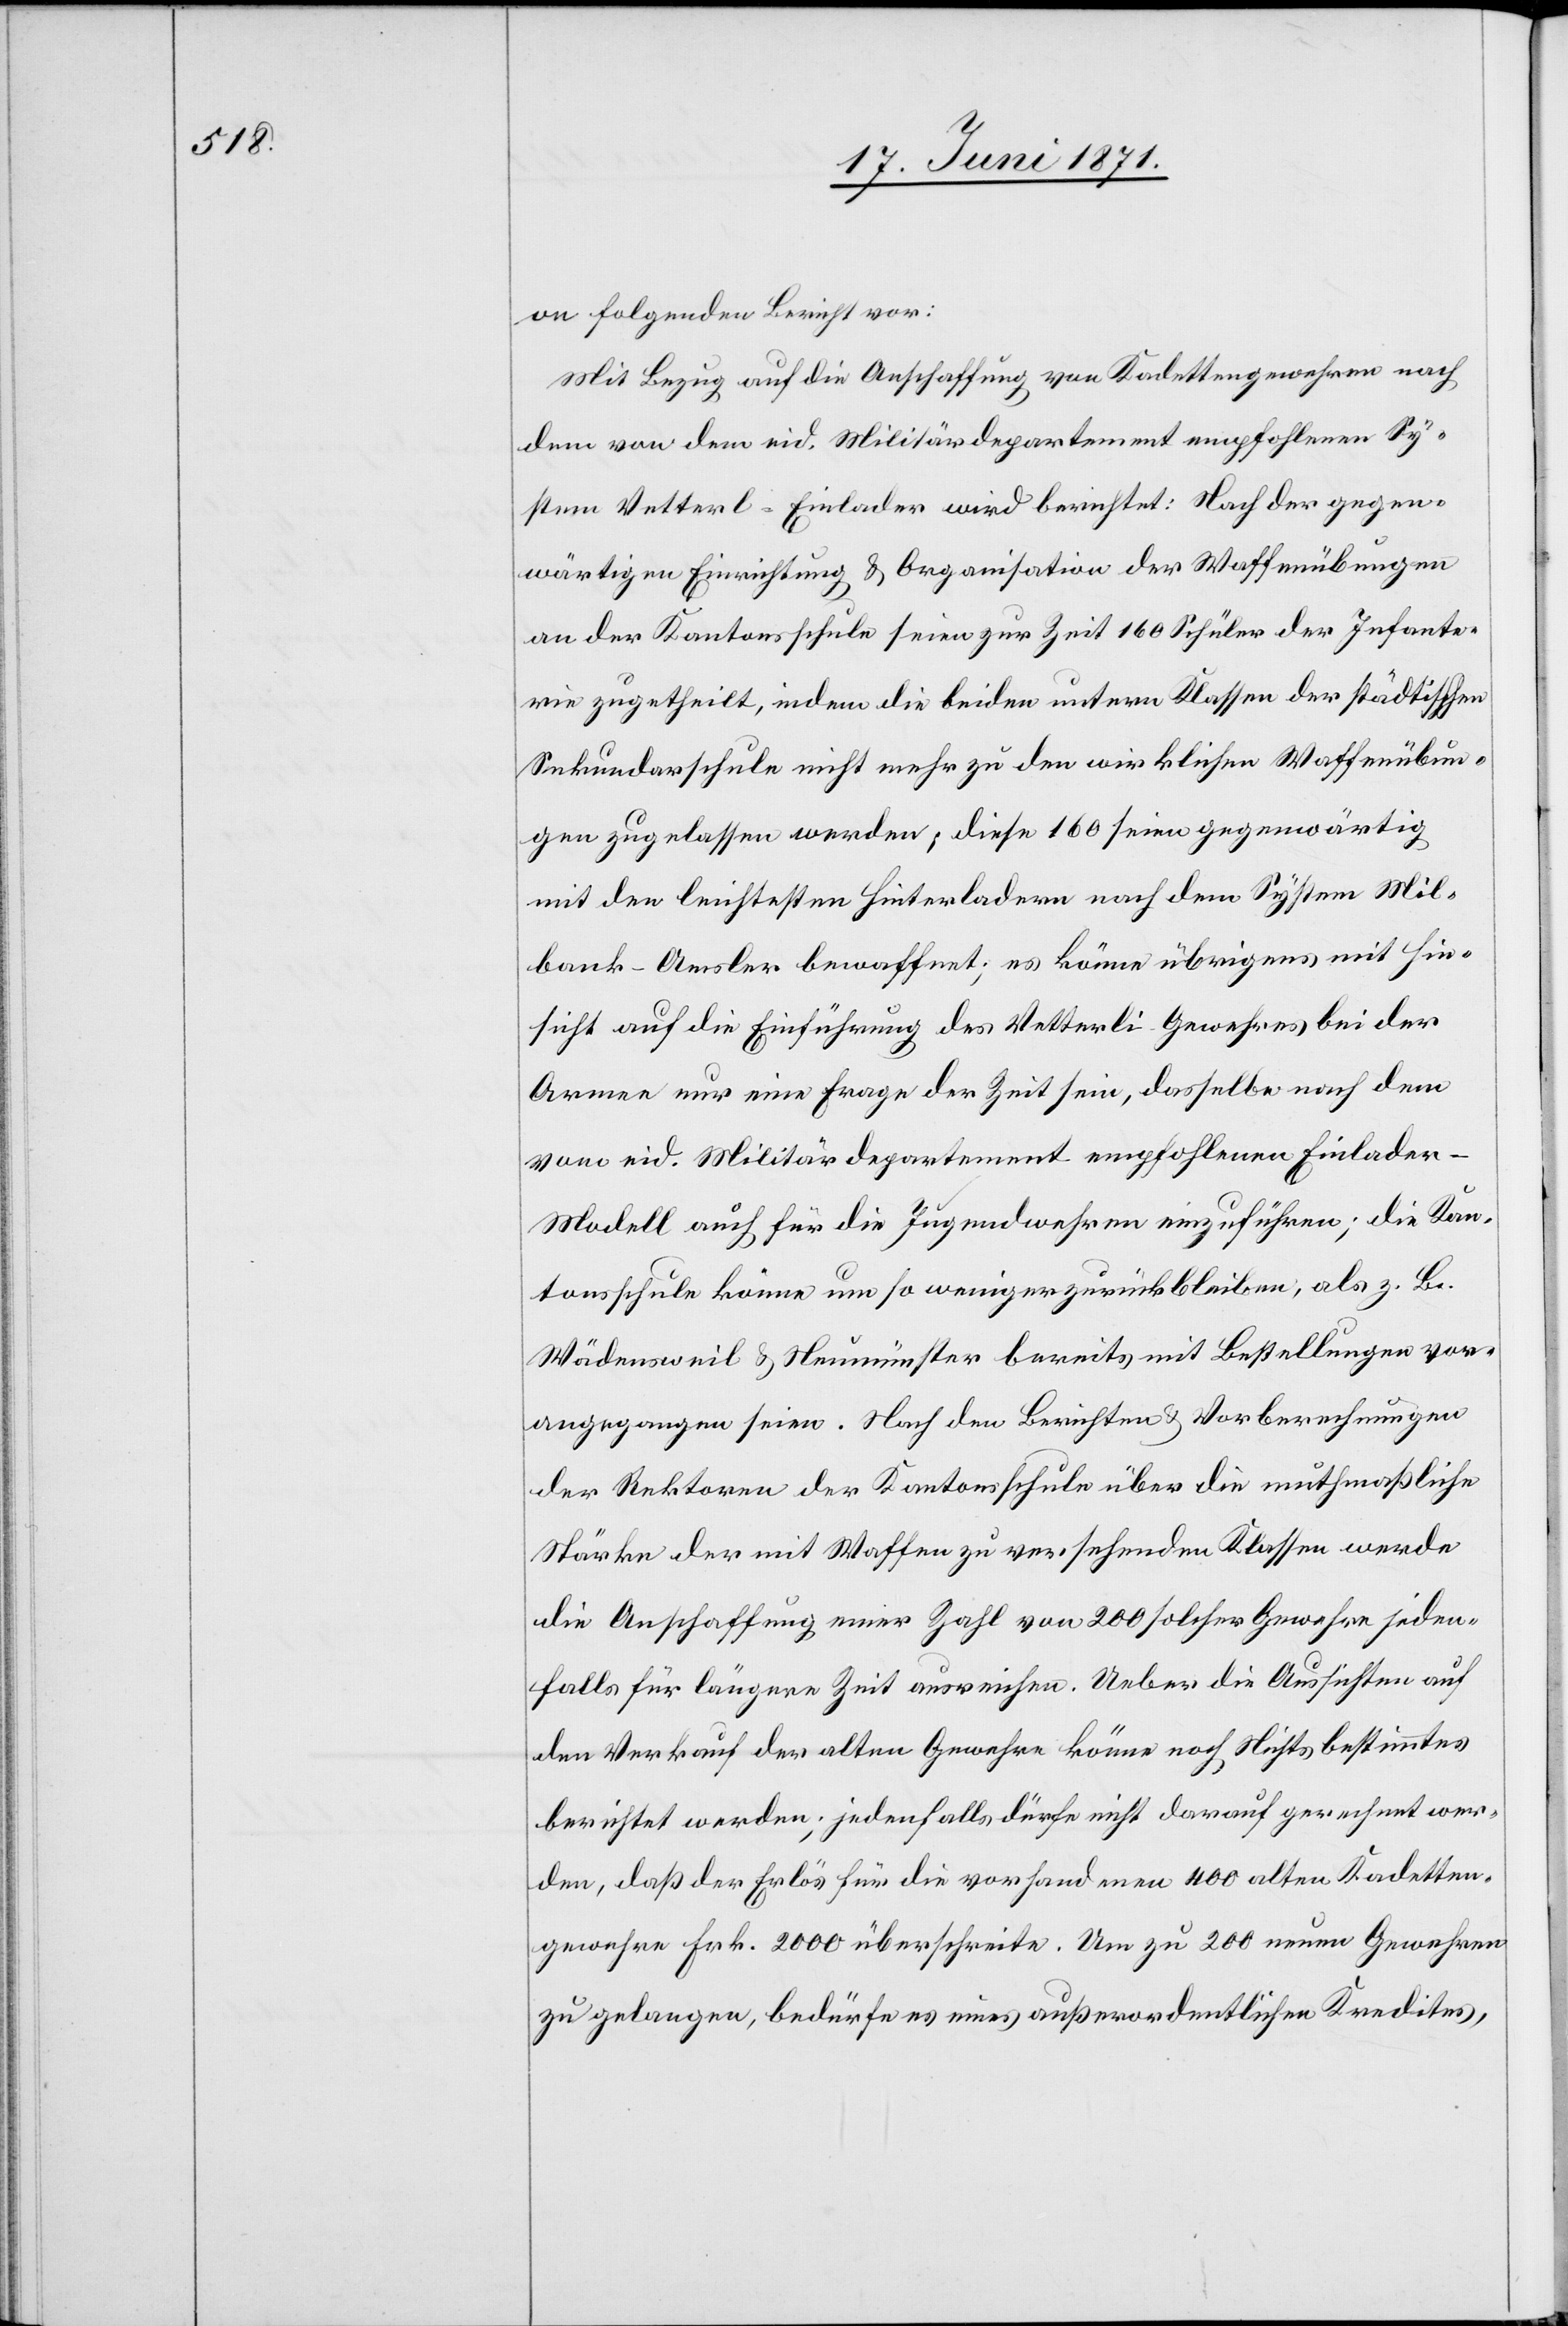
on folgenden Bericht vor:
Mit Bezug auf die Anschaffung von Kadettengewehren nach
dem von dem eid. Militärdepartement empfohlenen Sy¬
stem Vetterli-Einlader wird berichtet: Nach der gegen¬
wärtigen Einrichtung u. Organisation der Waffenübungen
an der Kantonsschule seien zur Zeit 160 Schüler der Infante¬
rie zugetheilt, indem die beiden untern Klassen der städtischen
Sekundarschule nicht mehr zu den wirklichen Waffenübun¬
gen zugelassen werden; diese 160 seien gegenwärtig
mit den leichtesten Hinterladern nach dem System Mil¬
bank-Amsler bewaffnet; es könne übrigens mit Hin¬
sicht auf die Einführung des Vetterli-Gewehres bei der
Armee nur eine Frage der Zeit sein, dasselbe nach dem
vom eid. Militärdepartement empfohlenen Einlader-M¬
odell auch für die Jugendwehren einzuführen; die Kan¬
tonsschule könne um so weniger zurückbleiben, als z. B.
Wädensweil u. Neumünster bereits mit Bestellungen vor¬
angegangen seien. Nach den Berichten u. Vorberechnungen
der Rektoren der Kantonsschule über die muthmaßliche
Stärke der mit Waffen zu versehenden Klassen werde
die Anschaffung einer Zahl von 200 solcher Gewehre jeden¬
falls für längere Zeit ausreichen. Ueber die Aussichten auf
den Verkauf der alten Gewehre könne noch Nichts bestimmtes
berichtet werden; jedenfalls dürfe nicht darauf gerechnet wer¬
den, daß der Erlös für die vorhandene 400 alten Kadetten¬
gewehre Frk. 2000 überschreite. Um zu 200 neuen Gewehren
zu gelangen, bedürfe es eines außerordentlichen Kredites,